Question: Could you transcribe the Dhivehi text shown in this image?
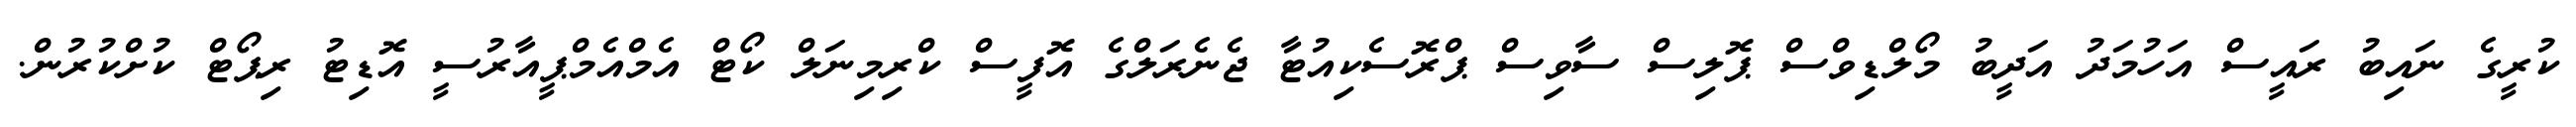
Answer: ކުރީގެ ނައިބު ރައީސް އަހުމަދު އަދީބު މޯލްޑިވްސް ޕޮލިސް ސާވިސް ޕްރޮސެކިއުޓާ ޖެނެރަލްގެ އޮފީސް ކްރިމިނަލް ކޯޓް އެމްއެމްޕީއާރުސީ އޮޑިޓު ރިޕޯޓް ކުށްކުރުން.